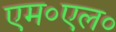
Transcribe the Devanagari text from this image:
एम०एल०